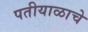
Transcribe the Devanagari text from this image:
पतीयाळाचे